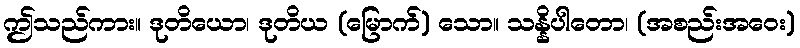
ဤသည်ကား။ ဒုတိယော၊ ဒုတိယ (မြောက်) သော။ သန္နိပါတော၊ (အစည်းအဝေး)